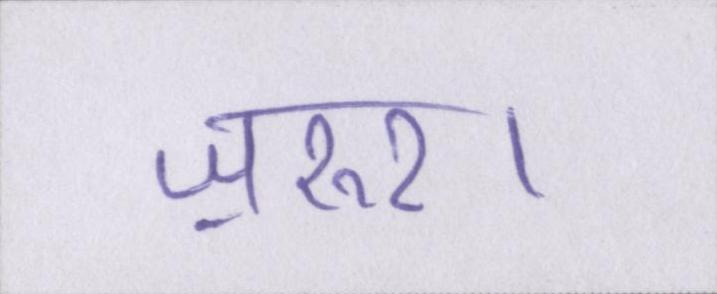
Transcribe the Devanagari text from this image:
ज़रुर।